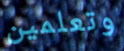
وتعلمين